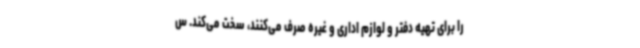
را برای تهیه دفتر و لوازم اداری و غیره صرف می‌کنند، سخت می‌کند. س